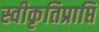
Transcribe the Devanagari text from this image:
स्वीकृतिप्राप्ति